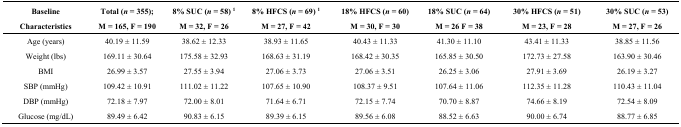
<table><thead><tr><td><b>Baseline Characteristics</b></td><td><b>Total (<i>n</i> = 355); M = 165, F = 190</b></td><td><b>8% SUC (<i>n</i> = 58) <sup>1</sup>M = 32, F = 26</b></td><td><b>8% HFCS (<i>n</i> = 69) <sup>1</sup>M = 27, F = 42</b></td><td><b>18% HFCS (<i>n</i> = 60) M = 30, F = 30</b></td><td><b>18% SUC (<i>n</i> = 64) M = 26 F = 38</b></td><td><b>30% HFCS (<i>n</i> = 51) M = 23, F = 28</b></td><td><b>30% SUC (<i>n</i> = 53) M = 27, F = 26</b></td></tr></thead><tbody><tr><td>Age (years)</td><td>40.19 ± 11.59</td><td>38.62 ± 12.33</td><td>38.93 ± 11.65</td><td>40.43 ± 11.33</td><td>41.30 ± 11.10</td><td>43.41 ± 11.33</td><td>38.85 ± 11.56</td></tr><tr><td>Weight (lbs)</td><td>169.11 ± 30.64</td><td>175.58 ± 32.93</td><td>168.63 ± 31.19</td><td>168.42 ± 30.35</td><td>165.85 ± 30.50</td><td>172.73 ± 27.58</td><td>163.90 ± 30.46</td></tr><tr><td>BMI</td><td>26.99 ± 3.57</td><td>27.55 ± 3.94</td><td>27.06 ± 3.73</td><td>27.06 ± 3.51</td><td>26.25 ± 3.06</td><td>27.91 ± 3.69</td><td>26.19 ± 3.27</td></tr><tr><td>SBP (mmHg)</td><td>109.42 ± 10.91</td><td>111.02 ± 11.22</td><td>107.65 ± 10.90</td><td>108.37 ± 9.51</td><td>107.64 ± 11.06</td><td>112.35 ± 11.28</td><td>110.43 ± 11.04</td></tr><tr><td>DBP (mmHg)</td><td>72.18 ± 7.97</td><td>72.00 ± 8.01</td><td>71.64 ± 6.71</td><td>72.15 ± 7.74</td><td>70.70 ± 8.87</td><td>74.66 ± 8.19</td><td>72.54 ± 8.09</td></tr><tr><td>Glucose (mg/dL)</td><td>89.49 ± 6.42</td><td>90.83 ± 6.15</td><td>89.39 ± 6.15</td><td>89.56 ± 6.08</td><td>88.52 ± 6.63</td><td>90.00 ± 6.74</td><td>88.77 ± 6.85</td></tr></tbody></table>